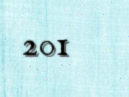
201